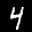
Digit: 4